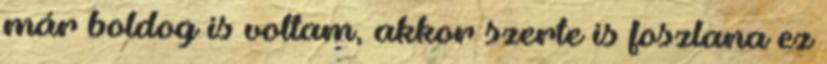
már boldog is voltam, akkor szerte is foszlana ez